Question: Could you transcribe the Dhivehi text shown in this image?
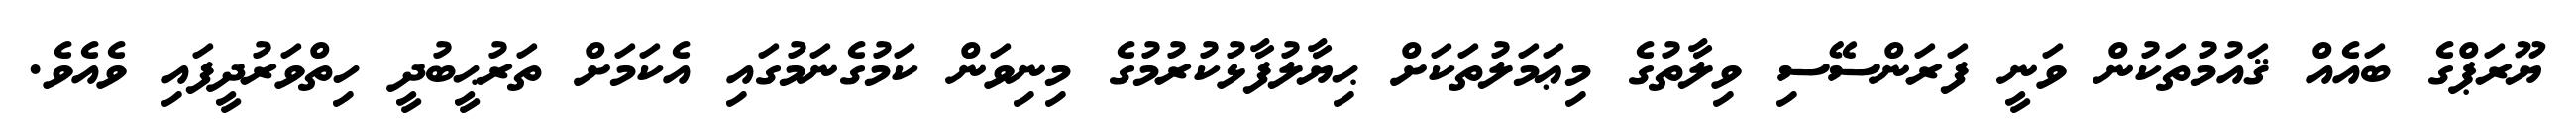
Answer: ޔޫރަޕްގެ ބައެއް ޤައުމުތަކުން ވަނީ ފަރަންސޭސި ވިލާތުގެ މިޢަމަލުތަކަށް ޙިޔާލުފާޅުކުރުމުގެ މިނިވަން ކަމުގެނަމުގައި އެކަމަށް ތަރުޙީބުދީ ހިތްވަރުދީފައި ވެއެވެ.